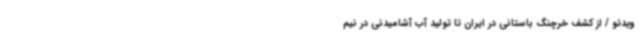
ویدئو / از کشف خرچنگ باستانی در ایران تا تولید آب آشامیدنی در نیم